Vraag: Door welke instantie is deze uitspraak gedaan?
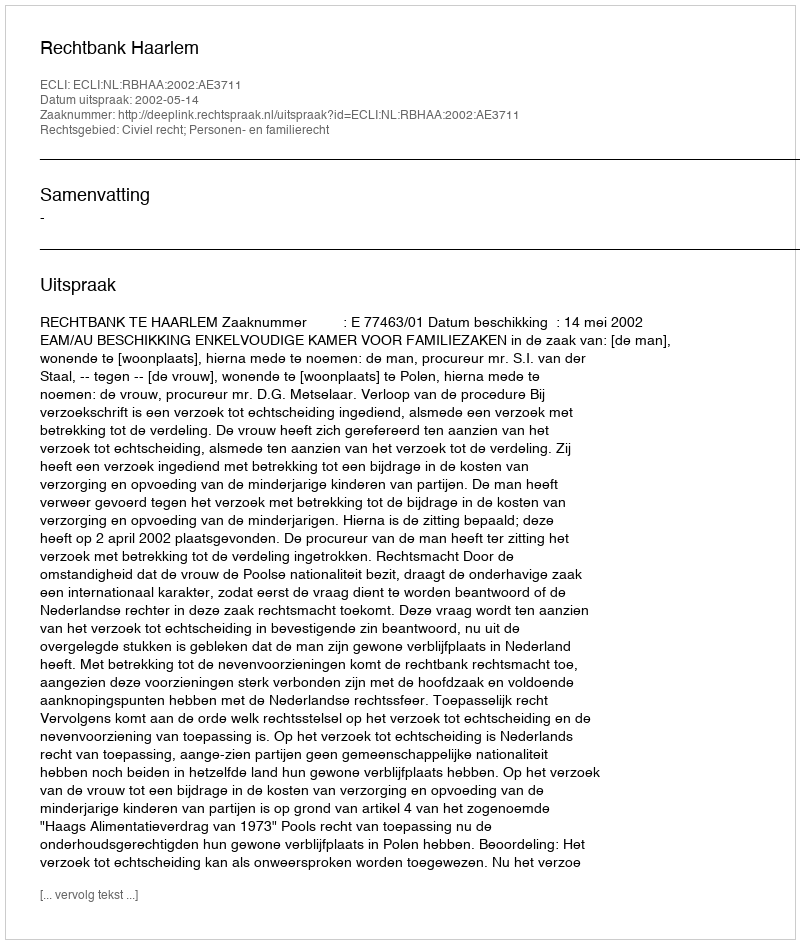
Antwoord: Rechtbank Haarlem